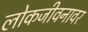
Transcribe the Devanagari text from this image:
लोकजीवनावर